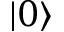
| 0 \rangle